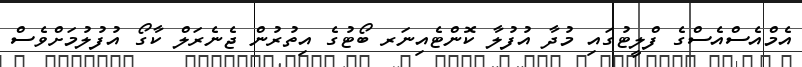
އެމްއެސްއެސްގެ ފްލީޓުގައި މުދާ އުފުލާ ކޮންޓެއިނަރ ބޯޓުގެ އިތުރުން ޖެނެރަލް ކާގޯ އުފުލުމަށްވެސް